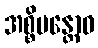
အစ္စိမန္တောဝ